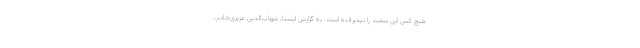
هیچ کس این سمت را نپذیرفته است. به گزارش ایسنا، شهاب‌الدین عزیزی‌خادم،